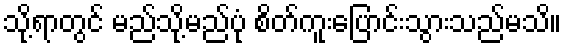
သို့ရာတွင် မည်သို့မည်ပုံ စိတ်ကူးပြောင်းသွားသည်မသိ။